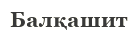
Балқашит